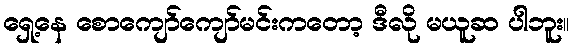
ရှေ့နေ စောကျော်ကျော်မင်းကတော့ ဒီလို မယူဆ ပါဘူး။